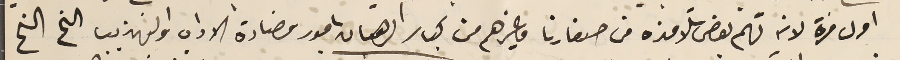
اول مرة لانه تهم بعض تلامذه من صغارنا وغيرهم من كبار الرهبان بامور مضادة الاداب والتهذيب الخ الخ